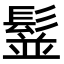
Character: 䰃